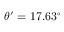
\theta ^ { \prime } = 1 7 . 6 3 ^ { \circ }